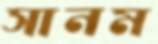
সানম